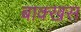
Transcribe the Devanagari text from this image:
बाक्खस